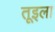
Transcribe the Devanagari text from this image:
तूइला